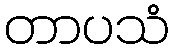
တာပသံ